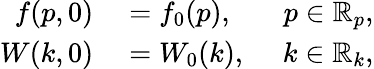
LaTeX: \begin{array}{rlr}{f(p,0)}&{{}=f_{0}(p),\ }&{p\in\mathbb{R}_{p},}\\ {W(k,0)}&{{}=W_{0}(k),\ }&{k\in\mathbb{R}_{k},}\end{array}